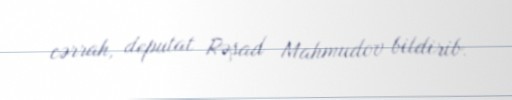
cərrah, deputat Rəşad Mahmudov bildirib.